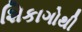
શિકાગોથી